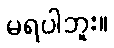
မရပါဘူး။